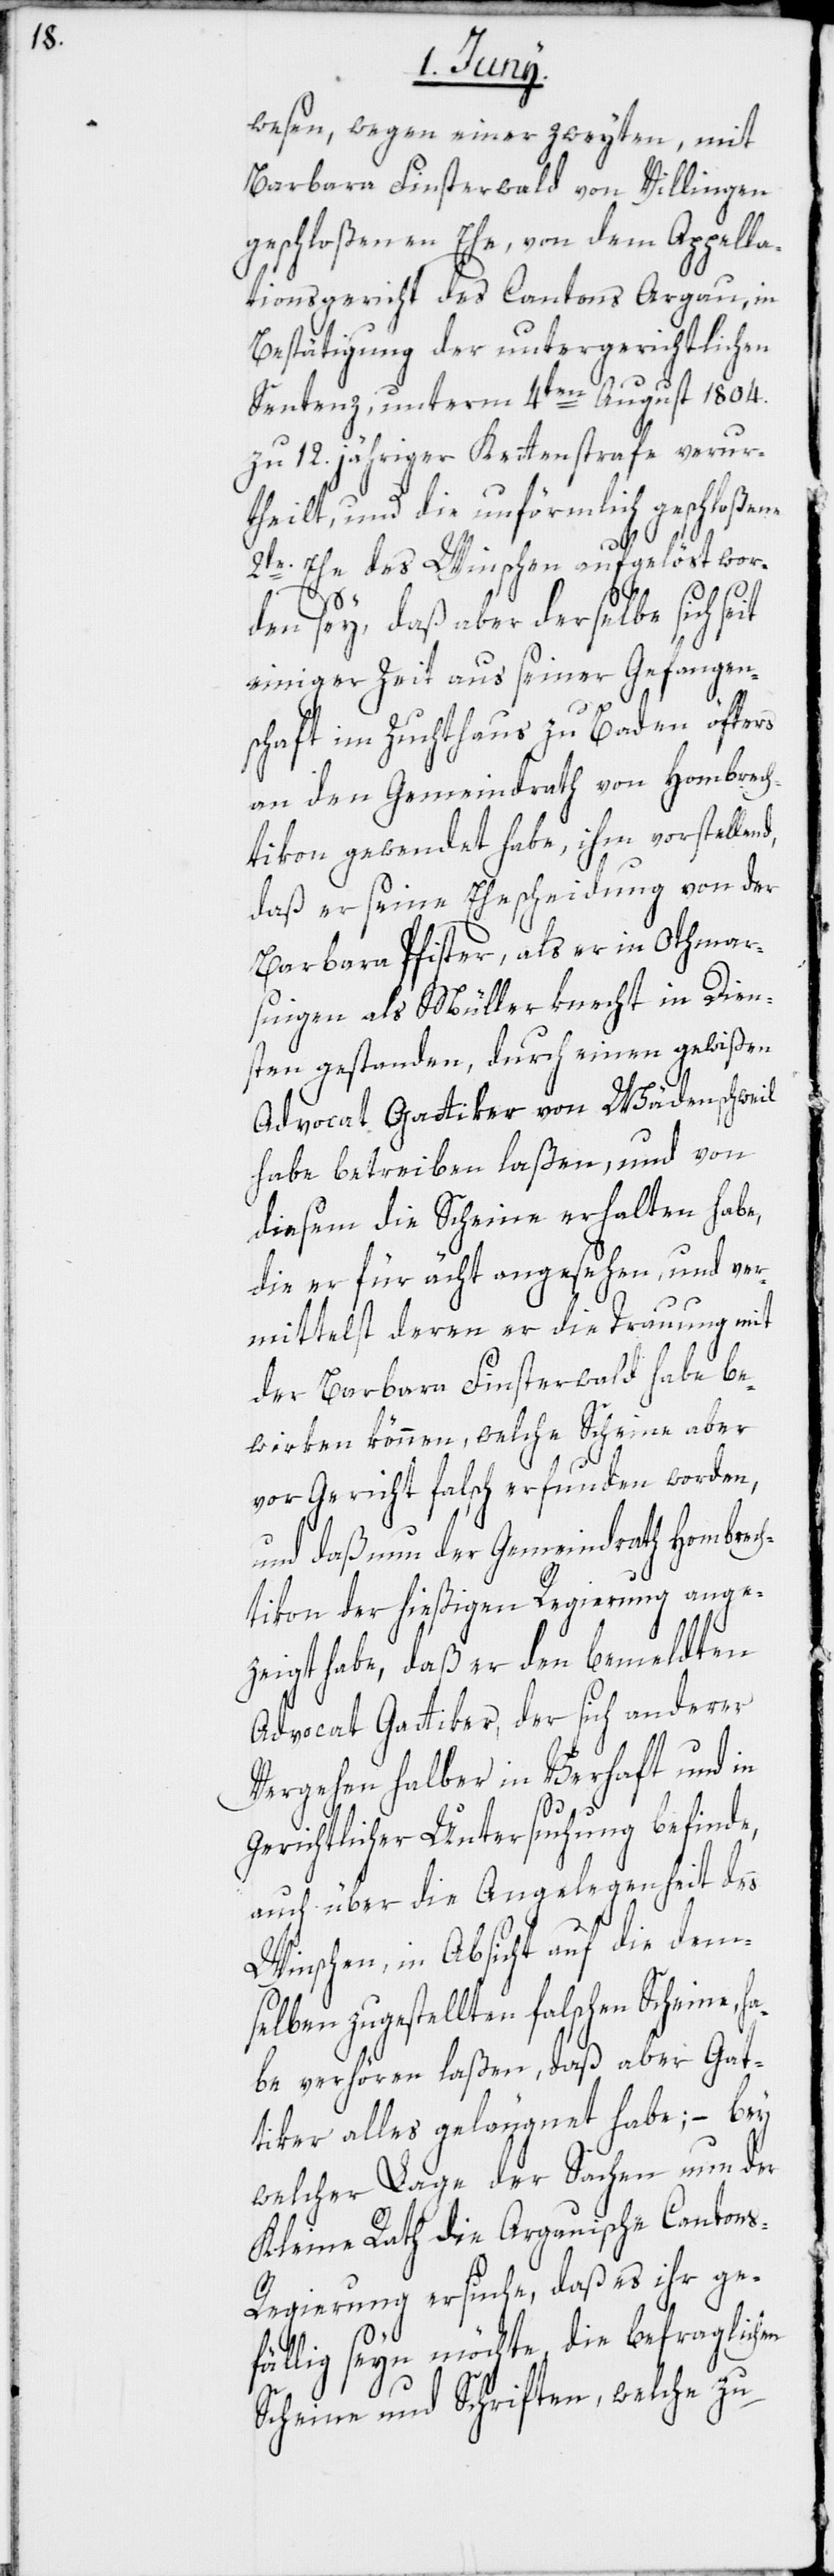
wesen, wegen einer zweyten, mit
Barbara Finsterwald von Villingen
geschloßenen Ehe, von dem Appella¬
tionsgericht des Cantons Argau, in
Bestätigung der untergerichtlichen
Sentenz, unterm 4ten August 1804.
zu 12. jähriger Kettenstrafe verur¬
theilt, und die unförmlich geschloßene
2te. Ehe des Winschen aufgelöst wor¬
den sey, daß aber derselbe sich seit
einiger Zeit aus seiner Gefangen¬
schaft im Zuchthaus zu Baden öfters
an den Gemeindrath von Hombrech¬
tikon gewendet habe, ihm vorstellen¬
daß er seine Ehescheidung von der
Barbara Pfister, als er in Othmar¬
singen als Müllerknecht in Dien¬
sten gestanden, durch einen gewißen
Advocat Gattiker von Wädenschweil
habe betreiben laßen, und von
diesem die Scheine erhalten habe,
die er für ächt angesehen, und ver¬
mittelst deren er die Trauung mit
der Barbara Finsterwald habe be¬
wirken können, welche Scheine aber
d,
vor Gericht falsch erfunden worden,
und daß nun der Gemeindrath Hombrech¬
tikon der hießigen Regierung angez¬
eigt habe, daß er den bemeldten
Advocat Gattiker, der sich anderer
Vergehen halber in Verhaft und in
gerichtlicher Untersuchung befinde,
auch über die Angelegenheit des
Winschen, in Absicht auf die dem¬
selben zugestellten falschen Scheine, ha¬
be verhören laßen, daß aber Gat¬
tiker alles geläugnet habe; – bey
welcher Lage der Sachen nun der
Kleine Rath die Argauische Canton¬
s-Regierung ersuche, daß es ihr ge¬
fällig seyn möchte, die befraglichen
Scheine und Schriften, welche zu